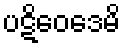
ပဋိဝေဒေမိ